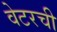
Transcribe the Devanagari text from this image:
वेटरची